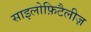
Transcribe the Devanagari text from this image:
साइलोफ़िटैलीज़